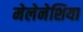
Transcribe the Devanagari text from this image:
मेलेनेशिया